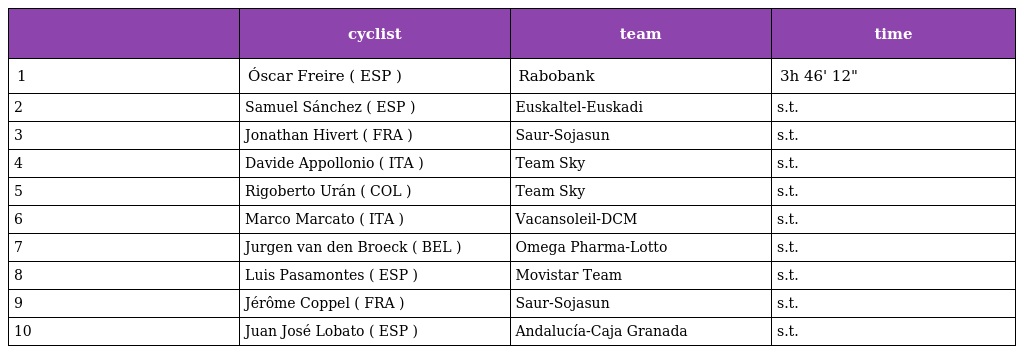
|  | cyclist | team | time |
 | --- | --- | --- | --- |
 | 1 | Óscar Freire ( ESP ) | Rabobank | 3h 46' 12" |
 | 2 | Samuel Sánchez ( ESP ) | Euskaltel-Euskadi | s.t. |
 | 3 | Jonathan Hivert ( FRA ) | Saur-Sojasun | s.t. |
 | 4 | Davide Appollonio ( ITA ) | Team Sky | s.t. |
 | 5 | Rigoberto Urán ( COL ) | Team Sky | s.t. |
 | 6 | Marco Marcato ( ITA ) | Vacansoleil-DCM | s.t. |
 | 7 | Jurgen van den Broeck ( BEL ) | Omega Pharma-Lotto | s.t. |
 | 8 | Luis Pasamontes ( ESP ) | Movistar Team | s.t. |
 | 9 | Jérôme Coppel ( FRA ) | Saur-Sojasun | s.t. |
 | 10 | Juan José Lobato ( ESP ) | Andalucía-Caja Granada | s.t. |